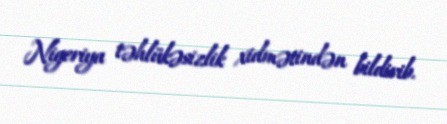
Nigeriya təhlükəsizlik xidmətindən bildirib.